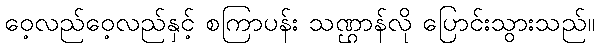
ဝေ့လည်ဝေ့လည်နှင့် စကြာပန်း သဏ္ဌာန်လို ပြောင်းသွားသည်။